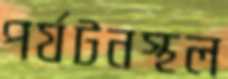
পর্যটনস্থল